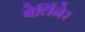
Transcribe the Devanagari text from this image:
बेर्लिनेर